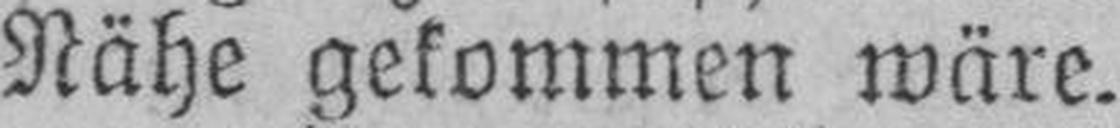
Nähe gekommen wäre.